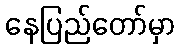
နေပြည်တော်မှာ